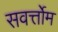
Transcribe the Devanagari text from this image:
सवर्त्तोम